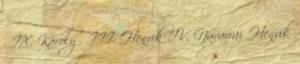
· IX. Károly · III. Henrik IV. Navarrai Henrik